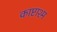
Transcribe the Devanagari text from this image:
काष्टाश्म